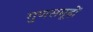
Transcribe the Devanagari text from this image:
गुणसमूहों